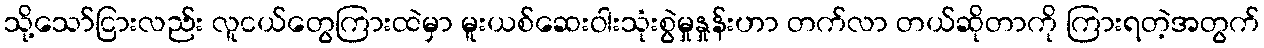
သို့သော်ငြားလည်း လူငယ်တွေကြားထဲမှာ မူးယစ်ဆေးဝါးသုံးစွဲမှုနှုန်းဟာ တက်လာ တယ်ဆိုတာကို ကြားရတဲ့အတွက်